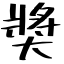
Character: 奬